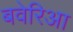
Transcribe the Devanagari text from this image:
बवेरिआ